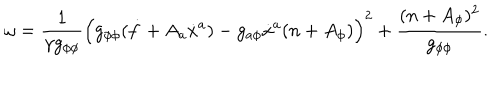
\omega = \frac { 1 } { \gamma g _ { \phi \phi } } \left( g _ { \phi \phi } ( \dot { f } + A _ { a } \dot { x } ^ { a } ) - g _ { a \phi } \dot { x } ^ { a } ( n + A _ { \phi } ) \right) ^ { 2 } + \frac { ( n + A _ { \phi } ) ^ { 2 } } { g _ { \phi \phi } } .